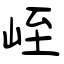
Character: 峌